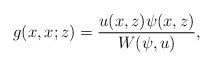
LaTeX: \begin{align*}g(x,x;z) = \frac{u(x,z) \psi(x,z)}{W(\psi,u)},\end{align*}